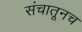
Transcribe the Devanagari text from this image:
संचातूनच